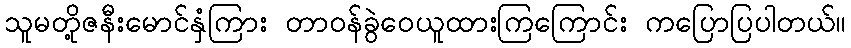
သူမတို့ဇနီးမောင်နှံကြား တာဝန်ခွဲဝေယူထားကြကြောင်း ကပြောပြပါတယ်။